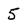
Character: 5